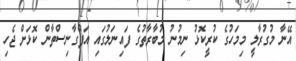
އޭނާ މުގުރާލީ މިމަހުގެ ކުރީކޮޅު ނިމުނު މުބާރާތުގެ ފައިނަލުގައި އަފްގާނިސްތާން ކޮޅަށް ޖެހި